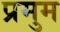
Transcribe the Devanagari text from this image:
प्रमुम